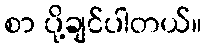
စာ ပို့ချင်ပါတယ်။